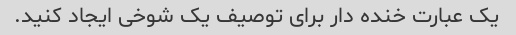
یک عبارت خنده دار برای توصیف یک شوخی ایجاد کنید.